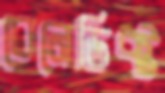
বেনেডিক্ট